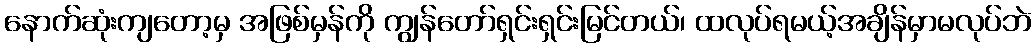
နောက်ဆုံးကျတော့မှ အဖြစ်မှန်ကို ကျွန်တော်ရှင်းရှင်းမြင်တယ်၊ ထလုပ်ရမယ့်အချိန်မှာမလုပ်ဘဲ